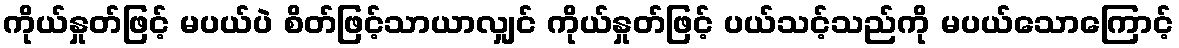
ကိုယ်နှုတ်ဖြင့် မပယ်ပဲ စိတ်ဖြင့်သာယာလျှင် ကိုယ်နှုတ်ဖြင့် ပယ်သင့်သည်ကို မပယ်သောကြောင့်